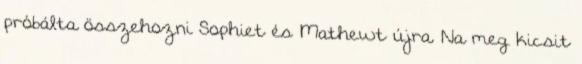
próbálta összehozni Sophiet és Mathewt újra. Na meg kicsit